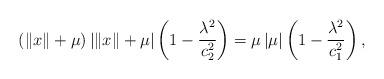
LaTeX: \begin{align*}\left(\left\Vert x\right\Vert +\mu\right)\left|\left\Vert x\right\Vert +\mu\right|\left(1-\frac{\lambda^{2}}{c_{2}^{2}}\right)=\mu\left|\mu\right|\left(1-\frac{\lambda^{2}}{c_{1}^{2}}\right),\end{align*}